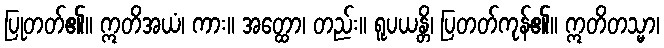
ပြုတတ်၏။ ဣတိအယံ၊ ကား။ အတ္ထော၊ တည်း။ ရူပယန္တိ၊ ပြတတ်ကုန်၏။ ဣတိတသ္မာ၊